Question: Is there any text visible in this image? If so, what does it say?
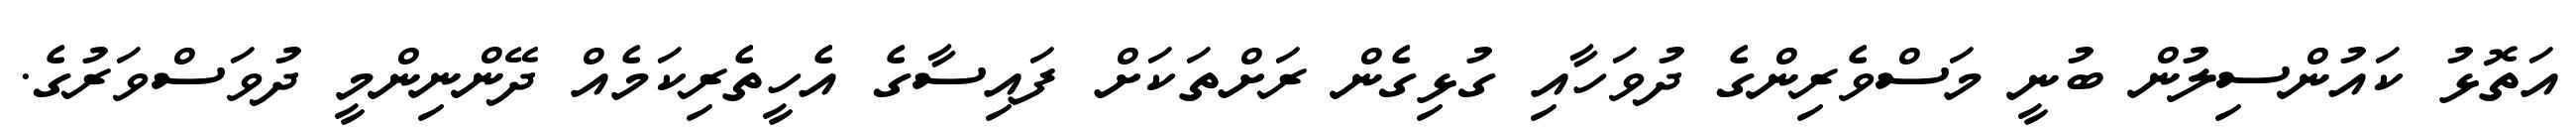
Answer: އަތޮޅު ކައުންސިލުން ބުނީ މަސްވެރިންގެ ދުވަހާއި ގުޅިގެން ރަށްތަކަށް ފައިސާގެ އެހީތެރިކަމެއް ދޭންނިންމީ ދުވަސްވަރުގެ.